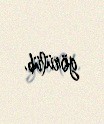
görülüb.